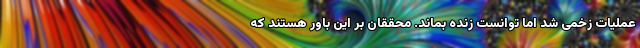
عملیات زخمی شد اما توانست زنده بماند. محققان بر این باور هستند که